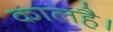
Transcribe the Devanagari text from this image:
कालहै।